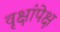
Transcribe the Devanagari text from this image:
वृक्षांपेक्ष